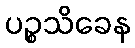
ပဉ္စသိခေန